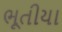
ભૂતીયા